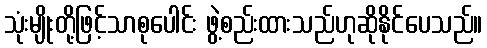
သုံးမျိုးတို့ဖြင့်သာစုပေါင်း ဖွဲ့စည်းထားသည်ဟုဆိုနိုင်ပေသည်။